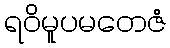
ရဝိမူပမတေဇံ